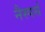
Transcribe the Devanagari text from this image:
नैस्पर्स